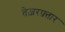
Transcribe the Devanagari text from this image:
तेज़रफ़्तार